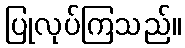
ပြုလုပ်ကြသည်။